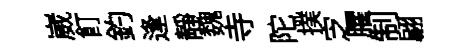
崴飣釣逢靜魏寺陀撲㝎臞制翩